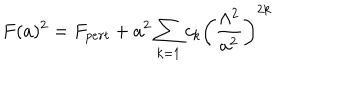
F ( a ) ^ { 2 } = F _ { p e r t } + a ^ { 2 } \sum _ { k = 1 } c _ { k } \left( \frac { \Lambda ^ { 2 } } { a ^ { 2 } } \right) ^ { 2 k }